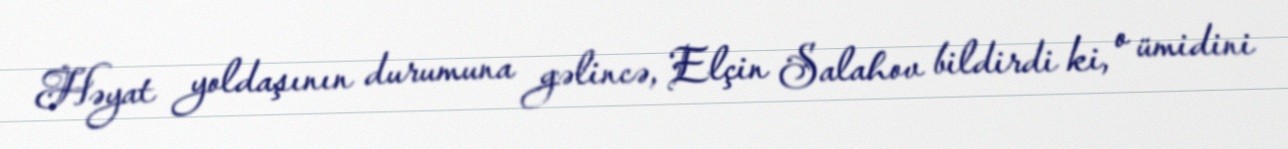
Həyat yoldaşının durumuna gəlincə, Elçin Salahov bildirdi ki, o ümidini